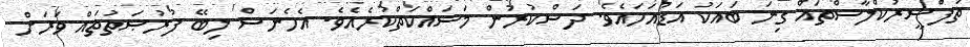
ތަފްސީރުކްލާސްތައް ގިނަ ބައަކު އަޑުއަހައެވެ. ދަސްކުރަން މަސައްކަތްކުރެއެވެ. އެހެނަސް ލިބޭ ފުރުޞަތުތައް ވަރަށް